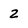
Character: 2